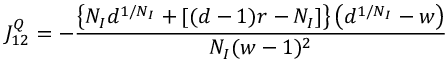
J _ { 1 2 } ^ { Q } = - \frac { \left\{ N _ { I } d ^ { 1 / N _ { I } } + [ ( d - 1 ) r - N _ { I } ] \right\} \left( d ^ { 1 / N _ { I } } - w \right) } { N _ { I } ( w - 1 ) ^ { 2 } }